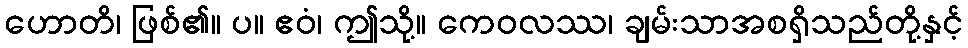
ဟောတိ၊ ဖြစ်၏။ ပ။ ဧဝံ၊ ဤသို့။ ကေဝလဿ၊ ချမ်းသာအစရှိသည်တို့နှင့်